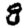
Digit: 8